Document type: Enfranchisement
Year: 1297
Scribe: Jaume de Trilla
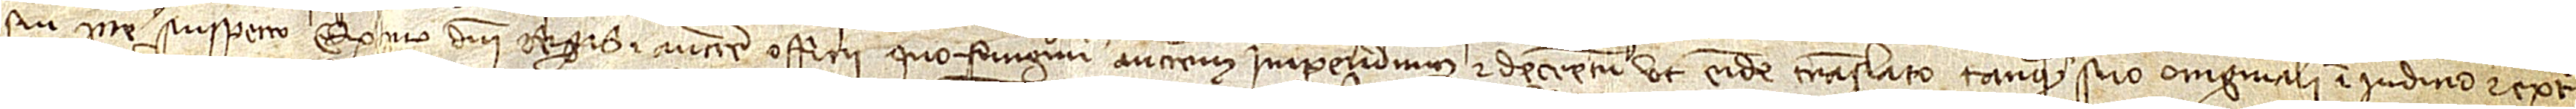
sui parte suspecto, ex quo domini regis et auctoritate officii quo fungimur auctoritatem impendimus et decretum ut eidem translato tanquam suo originali in iudicio et extra